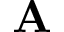
\mathbf A